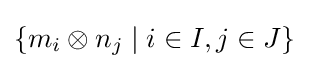
\{m_{i}\otimes n_{j}\mid i\in I,j\in J\}